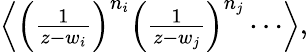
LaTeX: \begin{array}{r}{\left<\left(\frac{1}{z-w_{i}}\right)^{n_{i}}\left(\frac{1}{z-w_{j}}\right)^{n_{j}}\cdots\right>,}\end{array}